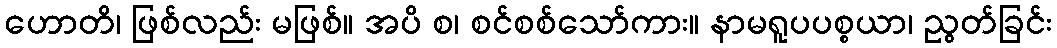
ဟောတိ၊ ဖြစ်လည်း မဖြစ်။ အပိ စ၊ စင်စစ်သော်ကား။ နာမရူပပစ္စယာ၊ ညွတ်ခြင်း